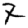
Digit: 7